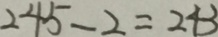
2 4 5 - 2 = 2 4 3